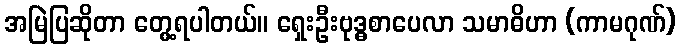
အမြဲပြဆိုတာ တွေ့ရပါတယ်။ ရှေးဦးဗုဒ္ဓစာပေလာ သမာဓိဟာ (ကာမဂုဏ်)